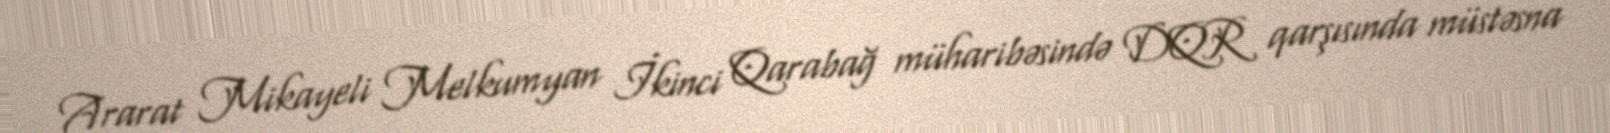
Ararat Mikayeli Melkumyan İkinci Qarabağ müharibəsində DQR qarşısında müstəsna